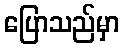
ပြောသည်မှာ